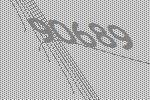
90689